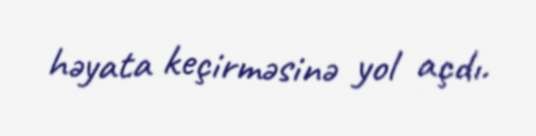
həyata keçirməsinə yol açdı.